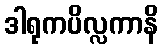
ဒါရုကပိလ္လကာနိ